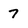
Character: 7